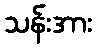
သန်းအား